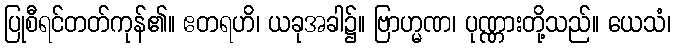
ပြုစီရင်တတ်ကုန်၏။ ဧတရဟိ၊ ယခုအခါ၌။ ဗြာဟ္မဏ၊ ပုဏ္ဏားတို့သည်။ ယေသံ၊